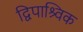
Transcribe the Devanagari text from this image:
द्विपाश्र्विक